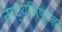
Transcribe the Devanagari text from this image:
नाट्यनिष्ठेला